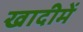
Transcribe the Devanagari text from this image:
खादीमें